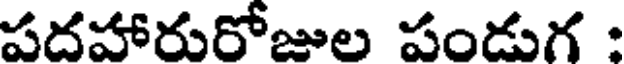
పదహారురోజుల పండుగ :